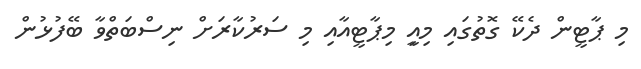
މި ޕާޓީން ދެކޭ ގޮތުގައި މިއިީ މިޕާޓީއާއި މި ސަރުކާރަށް ނިސްބަތްވާ ބޭފުޅުން